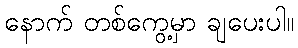
နောက် တစ်ကွေ့မှာ ချပေးပါ။